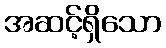
အဆင့်ရှိသော